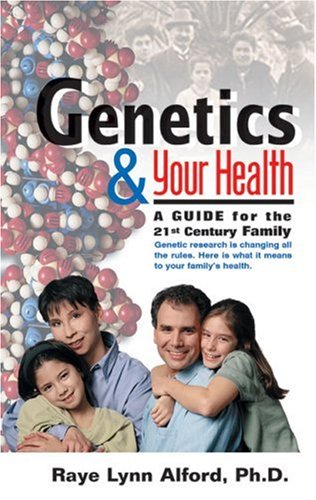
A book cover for Genetics & Your Health: A Guide for the 21st Century Family; Raye Lynn Alford  Ph.D.; Health, Fitness & Dieting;